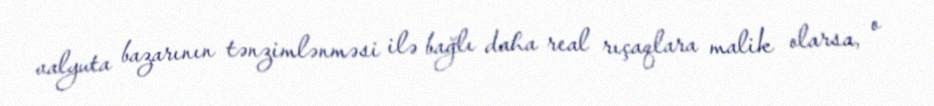
valyuta bazarının tənzimlənməsi ilə bağlı daha real rıçaqlara malik olarsa, o